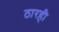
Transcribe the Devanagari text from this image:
ठारही